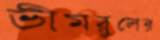
ভীমরুলের